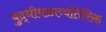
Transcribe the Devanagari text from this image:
बुद्धीबळाव्यतिरिक्त